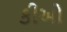
કીઓ